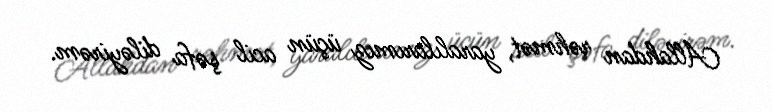
Allahdan rəhmət, yaralılarımız üçün acil şəfa diləyirəm.